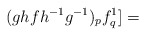
\begin{align*}(ghf{h^{-1}}{g^{-1}})_pf^1_q]= \end{align*}